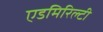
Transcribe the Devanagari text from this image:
एडमिरिल्टी